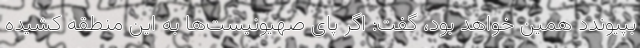
بپیوندد همین خواهد بود، گفت: اگر پای صهیونیست‌ها به این منطقه کشیده